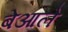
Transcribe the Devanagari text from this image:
बेआले